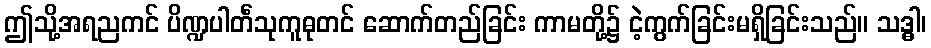
ဤသို့အရညကင် ပိဏ္ဍပါတ်ံသုကူဓုတင် ဆောက်တည်ခြင်း ကာမတို့၌ ငဲ့ကွက်ခြင်းမရှိခြင်းသည်။ သဒ္ဓါ၊